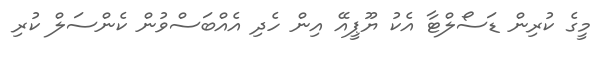
މީގެ ކުރިން ޑަސޯލްޓާ އެކު ޔޫޕީއޭ އިން ހެދި އެއްބަސްވުން ކެންސަލް ކުރި